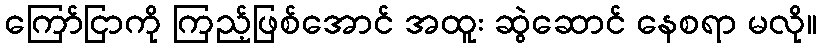
ကြော်ငြာကို ကြည့်ဖြစ်အောင် အထူး ဆွဲဆောင် နေစရာ မလို။